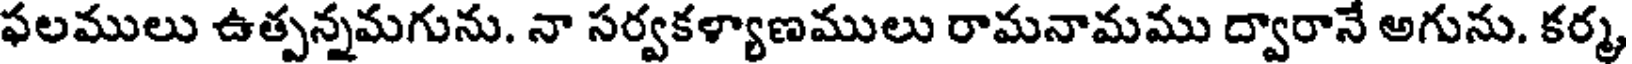
ఫలములు ఉత్పన్నమగును. నా సర్వకళ్యాణములు రామనామము ద్వారానే అగును. కర్మ